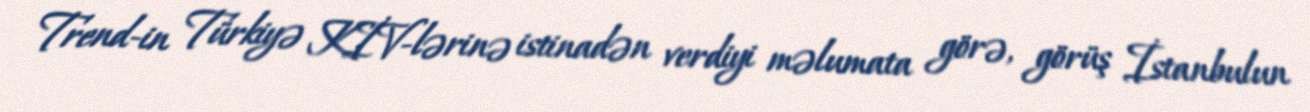
Trend-in Türkiyə KİV-lərinə istinadən verdiyi məlumata görə, görüş İstanbulun